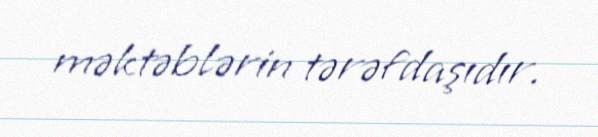
məktəblərin tərəfdaşıdır.